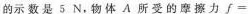
的示数是5N，物体A所受的摩擦力f=